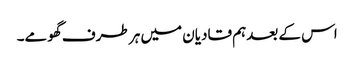
اس کے بعدہم قادیان میں ہر طرف گھومے۔